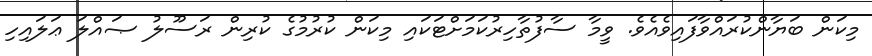
މިކަން ބަޔާންކުރައްވާފައިވެއެވެ. ވީމާ ސާފުތާހިރުކަމަށްޓަކައި މިކަން ކުރުމުގެ ކުރިން ރަސޫލު ޞައްލަ ޢަލައިހި